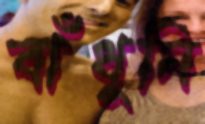
বাঁধুনি